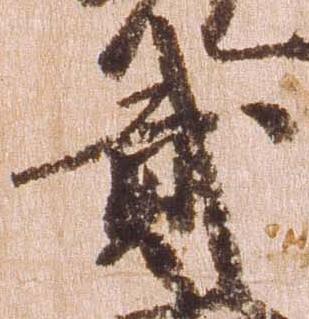
弐